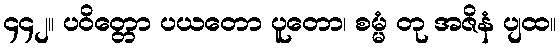
၄၄၂။ ပဝိတ္တော ပယတော ပူတော၊ စမ္မံ တု အဇိနံ ပျထ။